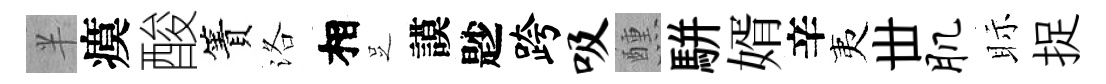
半瘼酸簀洛相𠯁謨尟跨吸醺駢婿辛夷丗肌眎捉